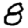
Digit: 8